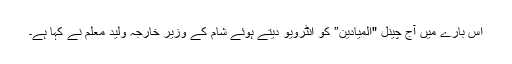
اس بارے میں آج چینل "المیادین” کو انٹرویو دیتے ہوئے شام کے وزیر خارجہ ولید معلم نے کہا ہے۔